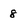
Character: 8